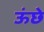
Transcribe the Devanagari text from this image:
ऊंछे